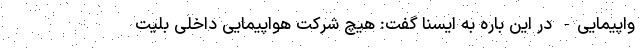
واپیمایی- در این باره به ایسنا گفت: هیچ شرکت هواپیمایی داخلی بلیت